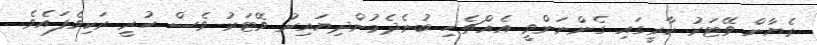
ރެޔާން ވޭޓަރު ކާރީގައި ގެންނަންވީ އެއްޗެހި ބުނެދެމުންދިޔައިރު ވޭޓަރު ވެސް ހުރީ ރަކިވެފައެވެ.